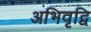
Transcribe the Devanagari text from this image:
अभिवृद्वि